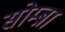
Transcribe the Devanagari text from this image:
सोम्ब्रा